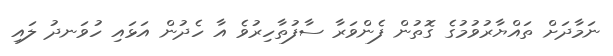
ނަމާދަށް ތައްޔާރުވުމުގެ ގޮތުން ފެންވަރާ ސާފުތާހިރުވެ އާ ހެދުން އަޅައި ހުވަނދު ލައި